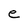
Character: e